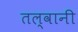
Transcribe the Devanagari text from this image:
तल्वानी